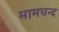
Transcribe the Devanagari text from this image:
मामचन्द